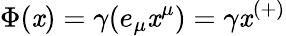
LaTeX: \Phi(\mathit{x})=\gamma(e_{\mu}\mathit{x}^{\mu})=\gamma\mathit{x}^{(+)}